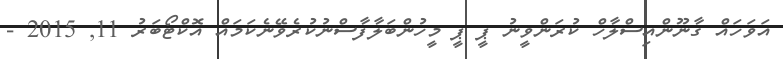
އަވަހައް ގާނޫންއިސްލާހް ކުރަންވީނު ޕީ ޕީ މީހުންބަލާފާސްނުކުރެވޭނެކަމައް އޮކްޓޯބަރު 11